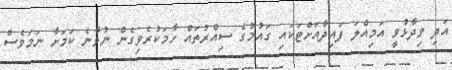
އަދި ވިދާޅުވީ އަމިއްލަ ފައިދާއަށްޓަކައި ގައުމުގެ ސިއްރުތައް ހާމަކުރެވިގެން ނުވާނެ ކަމަށާ ނަމަވެސް